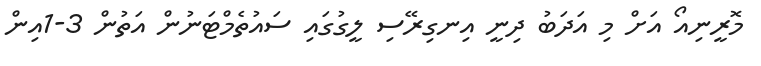
މޮރީނިއޯ އަށް މި އަދަބު ދިނީ އިނގިރޭސި ލީގުގައި ސައުތެމްޓަނުން އަތުން 3-1އިން